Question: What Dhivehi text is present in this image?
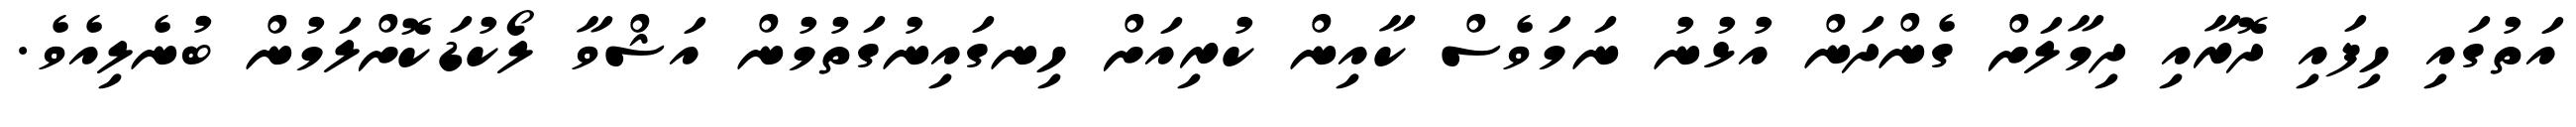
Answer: އަތުގައި ހިފައި ދޮރާއި ދިމާލަށް ގެންދަން އުޅުނު ނަމަވެސް ކާއިން ކުރިއަށް ހިނގައިނުގަތުމުން އަޝްވާ ލޯކުޑަކޮށްލަމުން ބުނެލިއެވެ.